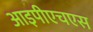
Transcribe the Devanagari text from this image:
आइपीएचएस